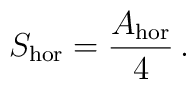
S_{\rm hor} = \frac{A_{\rm hor}}{4} \,.